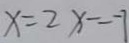
x = 2 x = - 7